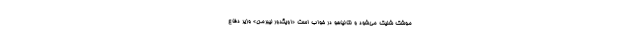
موشک شلیک می‌شود و نتانیاهو در خواب است «اویگدور لیبرمن» وزیر دفاع